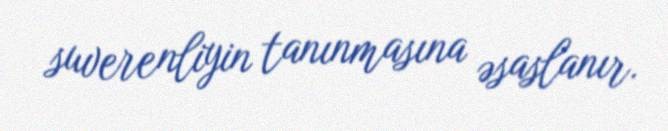
suverenliyin tanınmasına əsaslanır.